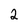
Character: 2